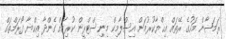
ރަމަޟާން މަހުގެ ރޭތައް އިޙްޔާކުރުމަށް އިސްލާމިކް މިިނިސްޓްރީން ކުރިއަށް ގެންދާ އިހްޔާ ފޯރަމްތައް